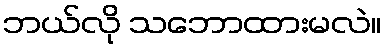
ဘယ်လို သဘောထားမလဲ။